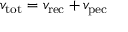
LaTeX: v _ { \mathrm { t o t } } = v _ { \mathrm { r e c } } + v _ { \mathrm { p e c } }